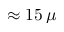
\approx 1 5 \, \mu